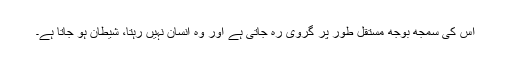
اس کی سمجھ بوجھ مستقل طور پر گروی رہ جاتی ہے اور وہ انسان نہیں رہتا، شیطان ہو جاتا ہے۔